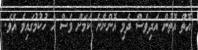
އޮތް އޮތުން އަދިވެސް ދެމި އޮންނާނެ ކަމަށް ވެސް އެ ހުކުމުގައިވެ އެވެ.